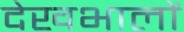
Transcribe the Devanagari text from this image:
देखभालों